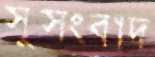
সুসংবাদ